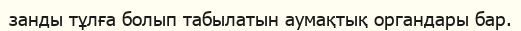
занды тұлға болып табылатын аумақтық органдары бар.